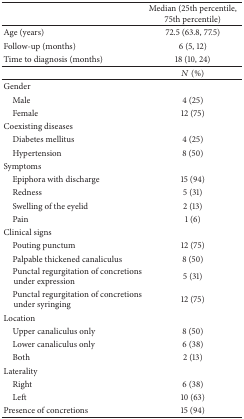
|  | Median (25th percentile, 75th percentile) |
 | --- | --- |
 | Age (years) | 72.5 (63.8, 77.5) |
 | Follow-up (months) | 6 (5, 12) |
 | Time to diagnosis (months) | 18 (10, 24) |
 |  | N (%) |
 | Gender |  |
 | Male | 4 (25) |
 | Female | 12 (75) |
 | Coexisting diseases |  |
 | Diabetes mellitus | 4 (25) |
 | Hypertension | 8 (50) |
 | Symptoms |  |
 | Epiphora with discharge | 15 (94) |
 | Redness | 5 (31) |
 | Swelling of the eyelid | 2 (13) |
 | Pain | 1 (6) |
 | Clinical signs |  |
 | Pouting punctum | 12 (75) |
 | Palpable thickened canaliculus | 8 (50) |
 | Punctal regurgitation of concretions under expression | 5 (31) |
 | Punctal regurgitation of concretions under syringing | 12 (75) |
 | Location |  |
 | Upper canaliculus only | 8 (50) |
 | Lower canaliculus only | 6 (38) |
 | Both | 2 (13) |
 | Laterality |  |
 | Right | 6 (38) |
 | Left | 10 (63) |
 | Presence of concretions | 15 (94) |